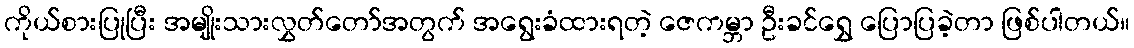
ကိုယ်စားပြုပြီး အမျိုးသားလွှတ်တော်အတွက် အရွေးခံထားရတဲ့ ဇေကမ္ဘာ ဦးခင်ရွှေ ပြောပြခဲ့တာ ဖြစ်ပါတယ်။